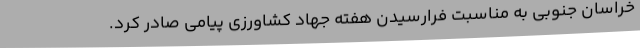
خراسان جنوبی به مناسبت فرارسیدن هفته جهاد کشاورزی پیامی صادر کرد.